Leaving Certificate Examination, 1904
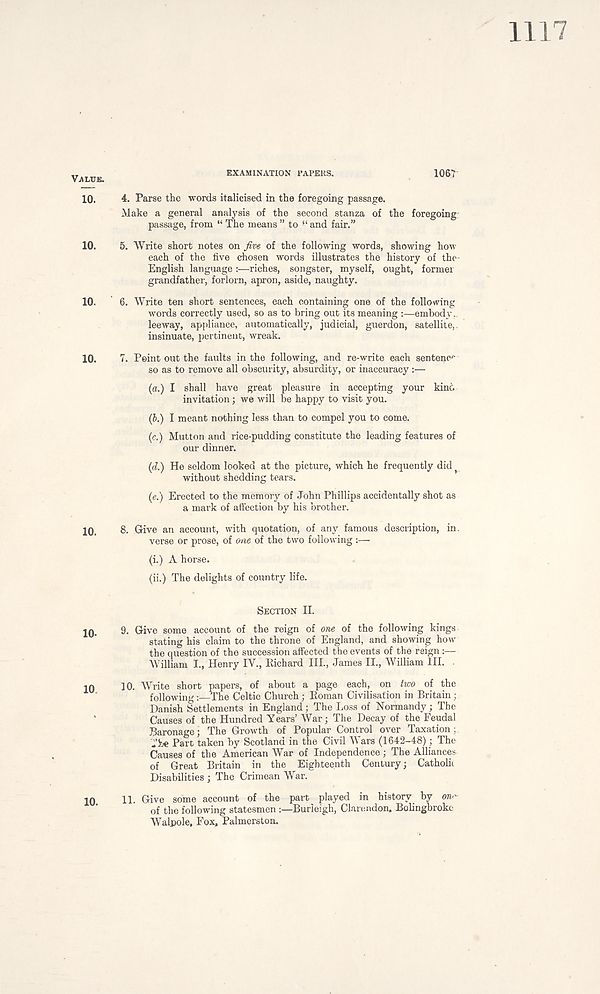
VALUE.
EXAMINATION PAPERS.
106?
10.
4. Parse the words italicised in the foregoing passage.
Make a general analysis of the second stanza of the foregoing
passage, from “ The means ” to “ and fair.”
10.
5. Write short notes on five of the following words, showing how
each of the five chosen words illustrates the history of tho-
English language :—riches, songster, myself, ought, former
grandfather, forlorn, apron, aside, naughty.
10.
6. Write ten short sentences, each containing one of the following
words correctly used, so as to bring out its meaning :—embody...
leeway, appliance, automatically, judicial, guerdon, satellite,,
insinuate, pertinent, wreak.
10.
7. Point out the faults in the following, and re-write each sentenc''
so as to remove all obscurity, absurdity, or inaccuracy :—
(a.) I shall have great pleasure in accepting your kin&
invitation; we will be happy to visit you.
(b.) I meant nothing less than to compel you to come.
(c.) Mutton and rice-pudding constitute the leading features of
our dinner.
(d.) He seldom looked at the picture, which he frequently did
without shedding tears.
(e.) Erected to the memory of John Phillips accidentally shot as
a mark of affection by his brother.
10.
8. Give an account, with quotation, of any famous description, in.
verse or prose, of one of the two following :—
(i.) A horse.
(ii.) The delights of country life.
SECTION II.
10.
9. Give some account of the reign of one of the following kings
stating his claim to the throne of England, and showing how
the question of the succession affected the events of the reign :—
William I., Henry IV., Eichard III., James II., William HI.
10
10. Write short papers, of about a page each, on two of the
following :—The Celtic Church ; Eoman Civilisation in Britain :
Danish Settlements in England; The Loss of Normandy; The
Causes of the Hundred Years’ War; The Decay of the Feudal
Baronage; The Growth of Popular Control over Taxation ;
Tbe Part taken by Scotland in the Civil Wars (1642-48); The
Causes of the American War of Independence; The Alliances
of Great Britain in the Eighteenth Century; Catholu
Disabilities ; The Crimean War.
10
11. Give some account of the part played in history by on'-
of the following statesmen
Burleigh, Clarendon. Bolingbroke
Walpole. Fox. Palmerston.